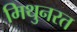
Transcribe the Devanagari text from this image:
मिथुनरत